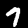
Digit: 7